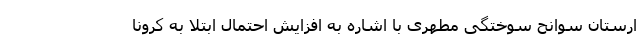
ارستان سوانح سوختگی مطهری با اشاره به افزایش احتمال ابتلا به کرونا